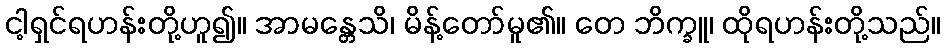
ငါ့ရှင်ရဟန်းတို့ဟူ၍။ အာမန္တေသိ၊ မိန့်တော်မူ၏။ တေ ဘိက္ခူ၊ ထိုရဟန်းတို့သည်။